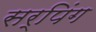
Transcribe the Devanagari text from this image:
सर्पिंग